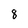
Character: 8